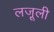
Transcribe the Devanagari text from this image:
लजू़ली